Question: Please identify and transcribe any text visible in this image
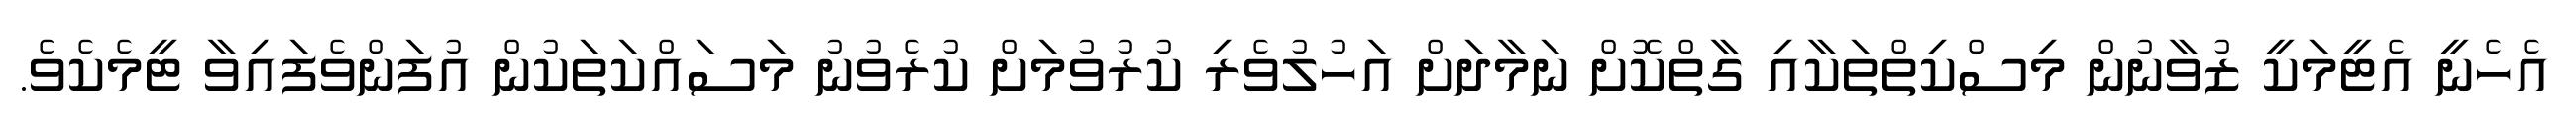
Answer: އެހެނީ އެޓީމަކީ ޒުވާނުން މިސްކިތްތަކާއި ގާތްކޮށް ނަމާދަށް އަހުލުވެރި ކުރުވުމަށް ކުރެވުނު މަސައްކަތަކުން އުފަންވެފައިވާ ޓީމެކެވެ.